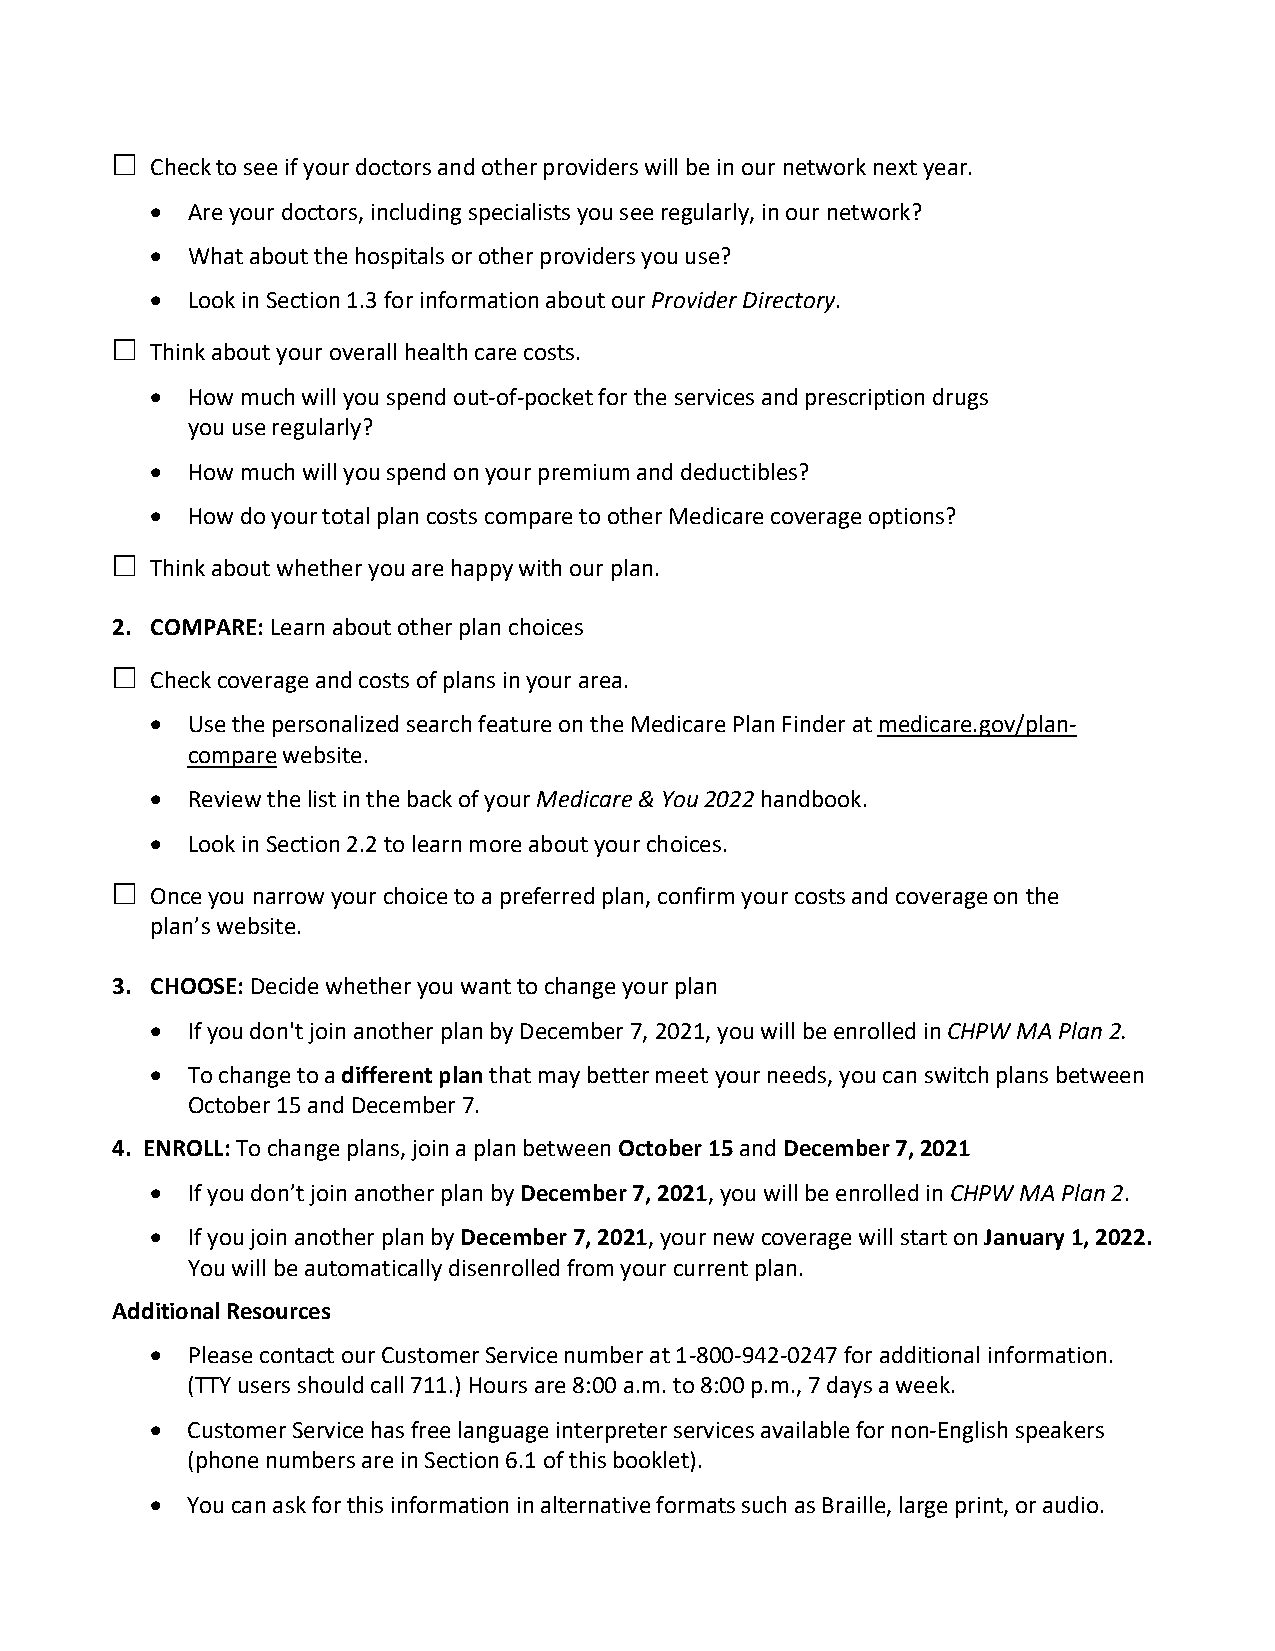
  Check to see if your doctors and other providers will be in our network next year.
 • Are your doctors, including specialists you see regularly, in our network?
 • What about the hospitals or other providers you use?
 • Look in Section 1.3 for information about our Provider Directory.
   Think about your overall health care costs.
 • How much will you spend out-of-pocket for the services and prescription drugs
 you use regularly?
 • How much will you spend on your premium and deductibles?
 • How do your total plan costs compare to other Medicare coverage options?
   Think about whether you are happy with our plan.
 2. COMPARE: Learn about other plan choices
   Check coverage and costs of plans in your area.
 • Use the personalized search feature on the Medicare Plan Finder at medicare.gov/plan-
 compare website.
 • Review the list in the back of your Medicare & You 2022 handbook.
 • Look in Section 2.2 to learn more about your choices.
   Once you narrow your choice to a preferred plan, confirm your costs and coverage on the
 plan’s website.
 3. CHOOSE: Decide whether you want to change your plan
 • If you don't join another plan by December 7, 2021, you will be enrolled in CHPW MA Plan 2.
 • To change to a different plan that may better meet your needs, you can switch plans between
 October 15 and December 7.
 4. ENROLL: To change plans, join a plan between October 15 and December 7, 2021
 • If you don’t join another plan by December 7, 2021, you will be enrolled in CHPW MA Plan 2.
 • If you join another plan by December 7, 2021, your new coverage will start on January 1, 2022.
 You will be automatically disenrolled from your current plan.
 Additional Resources
 • Please contact our Customer Service number at 1-800-942-0247 for additional information.
 (TTY users should call 711.) Hours are 8:00 a.m. to 8:00 p.m., 7 days a week.
 • Customer Service has free language interpreter services available for non-English speakers
 (phone numbers are in Section 6.1 of this booklet).
 • You can ask for this information in alternative formats such as Braille, large print, or audio.